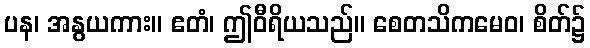
ပန၊ အနွယကား။ ဧတံ၊ ဤဝီရိယသည်။ စေတသိကမေဝ၊ စိတ်၌